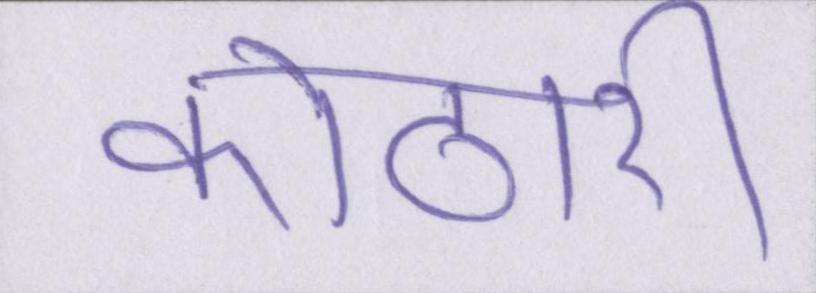
कोठारी